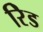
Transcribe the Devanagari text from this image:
रेिड